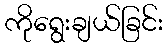
ကိုရွေးချယ်ခြင်း